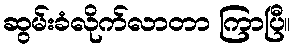
ဆွမ်းခံလိုက်လာတာ ကြာပြီ။